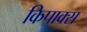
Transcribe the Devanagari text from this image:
किपाक्स